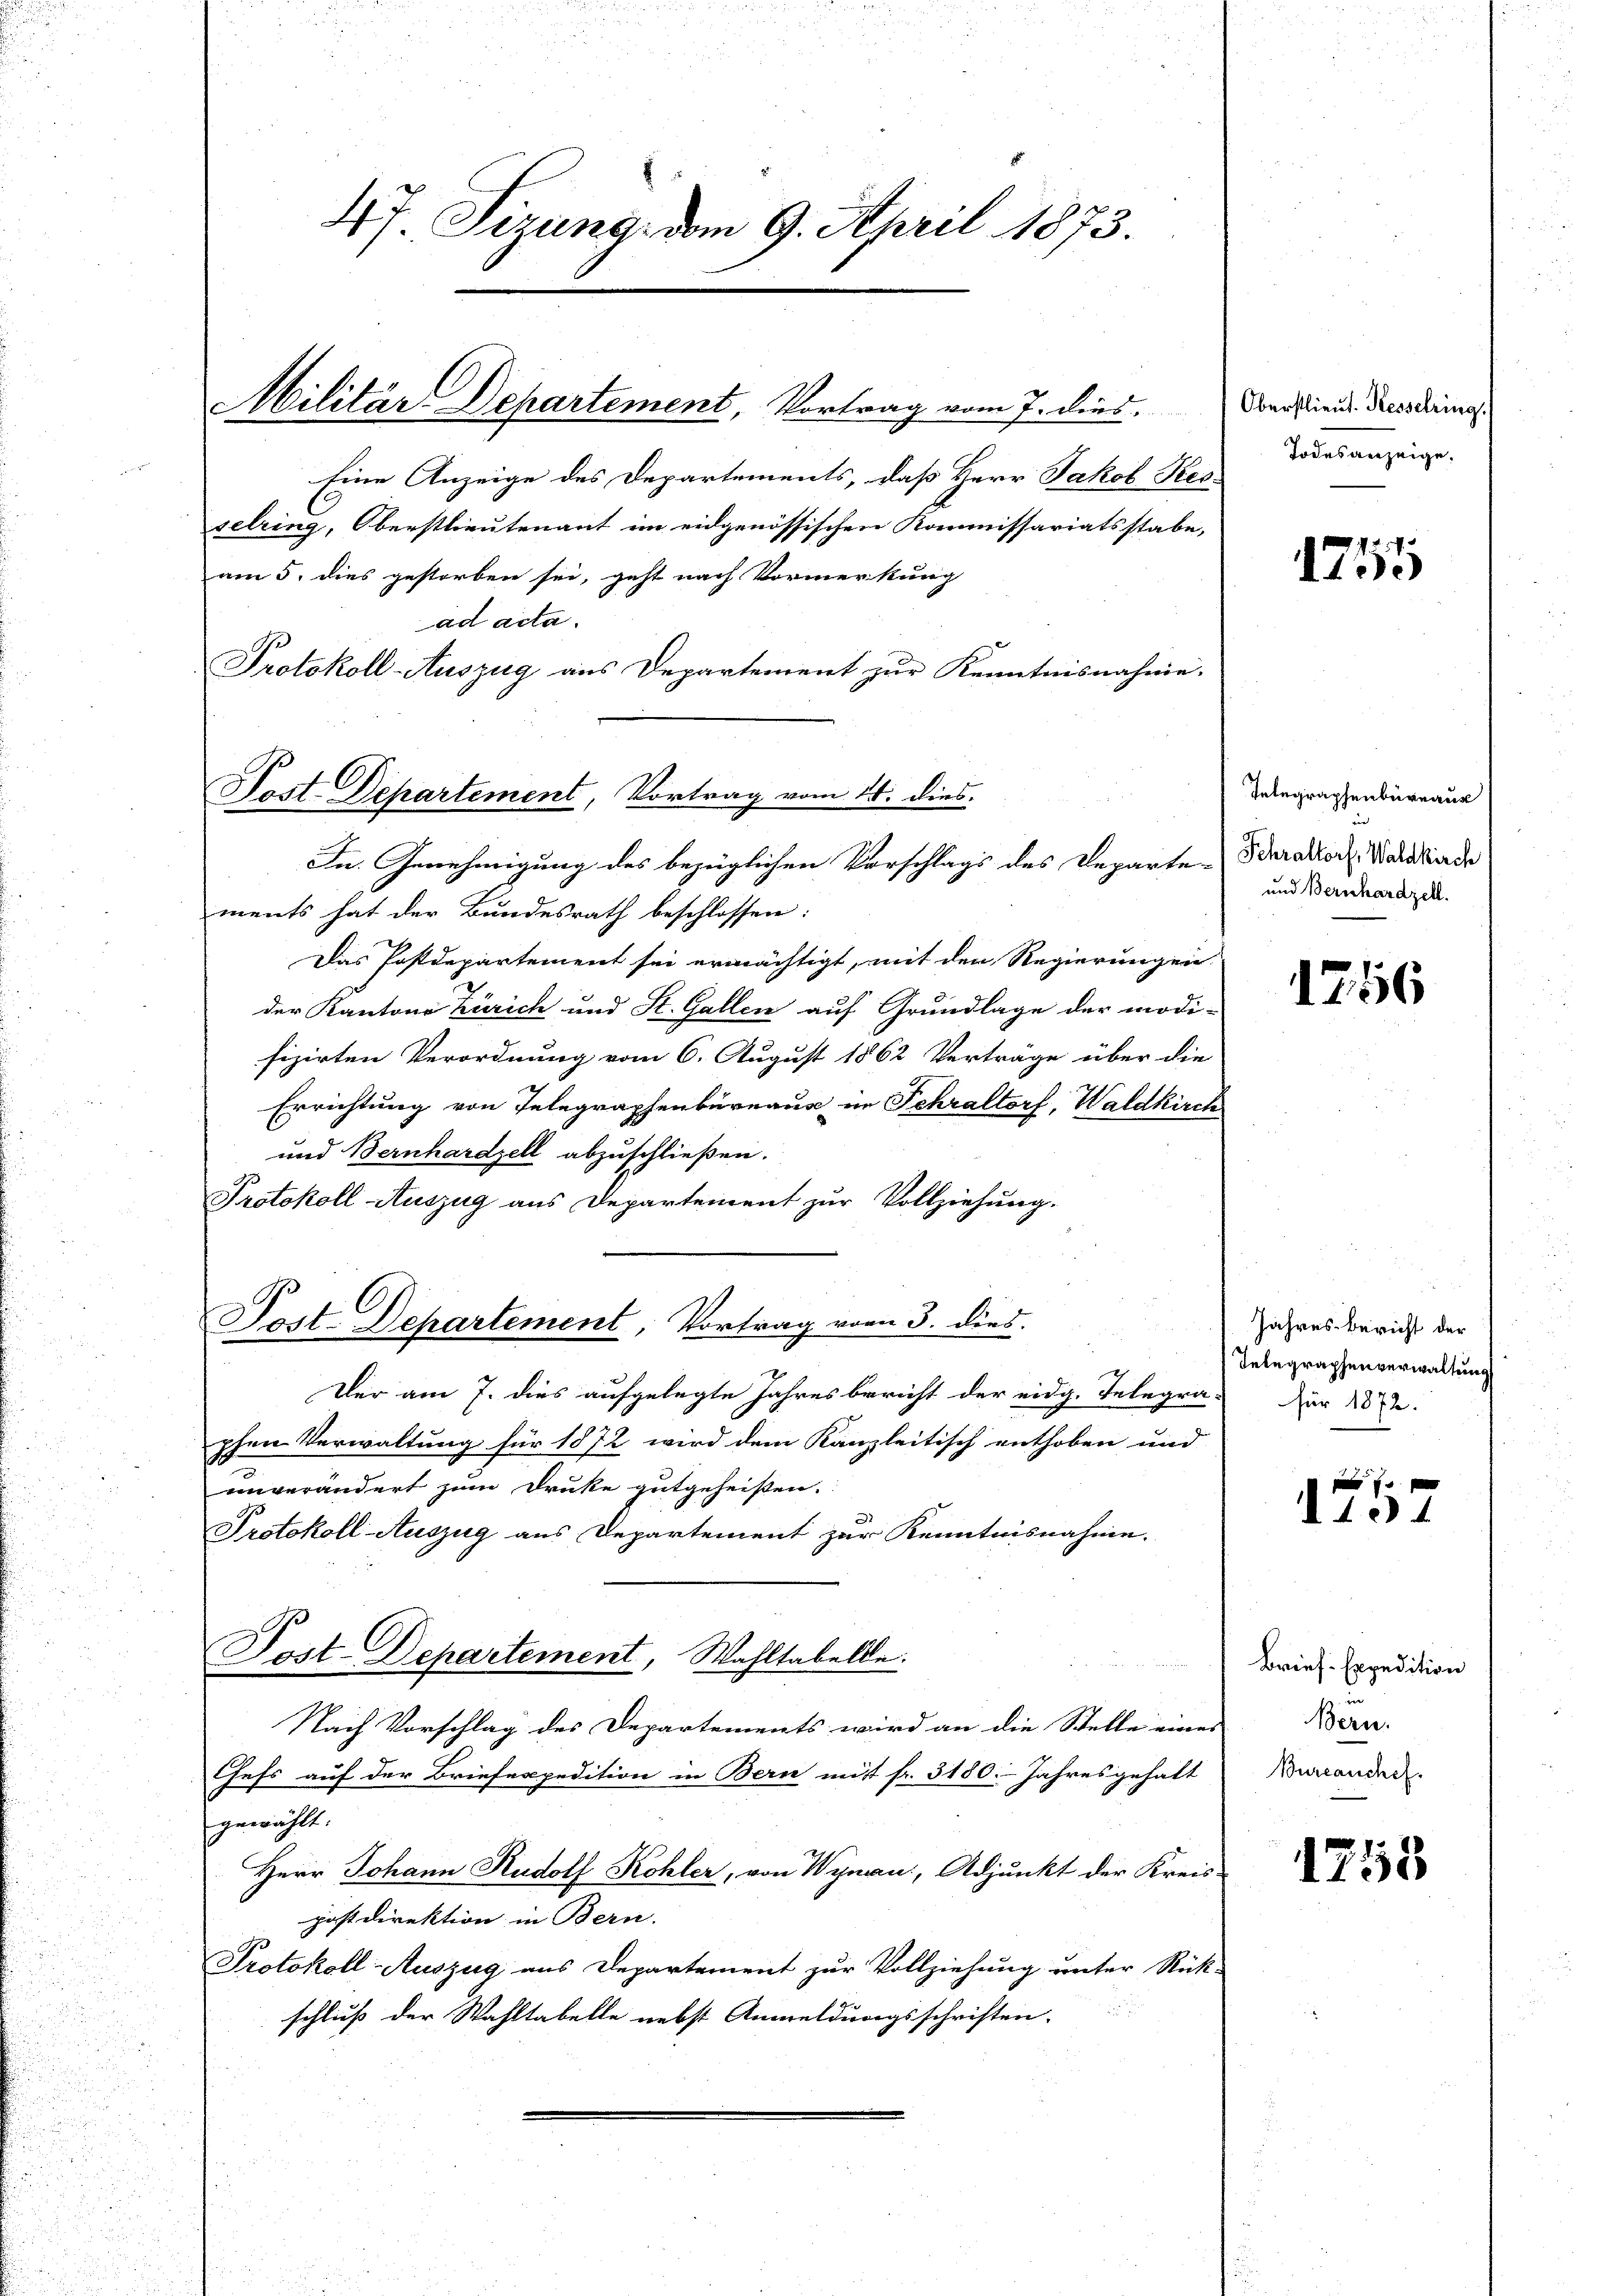
47 Sirung, vom 9. April 1873.

Militär-Departement, Vortrag vom 7. dies,
Eine Anzeige des Departements, daß Herr Jakob Kes¬

selring, Oberstlieutenant im eidgenössischen Kommissariatsstabe,
am 5. dies gestorben sei, geht nach Vormerkung
ad acta.
Protokoll-Auszug aus Departement zur Kenntnisnahme.

Nost. Departement, Vortrag vom 14. dies
In Genehmigung des bezüglichen Vorschlags des Departe Scharaktor Waldkiarde

ments hat der Bundesrath beschlossen:
Das Postdepartement sei ermächtigt, mit den Regierungen
der Kantons Zürich und St. Gallen auf Grundlage der modi-
fizirten Verordnung vom 6. August 1862 Verträge über die
Errichtung von Telegraphenbureaus im Schraltorf, Waldkirch
und Bernhardzell abzuschließen.
Protokoll Auszug aus Departement zur Vollziehung.
Post. Departement, Vortrag vom 3. dies.
Der am 7. dies aufgelegte Jahresbericht der eidg. Telegra-
phen Verwaltung für 1872 wird dem Kanzleitisch enthoben und
unverändert zum Druke gutgeheisten.
Protokoll-Auszug aus Departement zur Kenntnisnahme.
Post-Departement, Wahltabelle.
Nach Vorschlag des Departements wird an die Stelle eines
Chefs auf der Briefespedition in Bern mit fr. 3180. Jahresgehalt
gewählt.
Herr Johann Rudolf Kohler, von Wynau, Adjunkt der Kreispostdirektion in Bern.
Protokoll-Auszug aus Departement zur Vollziehung unter Rück-
schluß der Wahltabelle nebst Anmeldungsschriften.

Oberstlieut. Kesselring.
Todesanzeige.

1755

Telegraphenbureaus
und Bernhardzell.

1756

Jahres Bericht der
Telegraphenverwaltung
für 1872.

f x
d. 104

Brief-Expedition
Bern.
Bureauchef.

1253